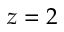
z = 2